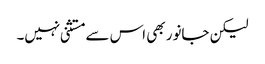
لیکن جانور بھی اس سے مستثنی نہیں۔